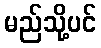
မည်သို့ပင်